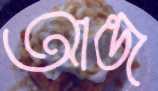
আন্ড